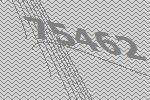
75462